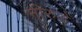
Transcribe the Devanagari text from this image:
नीरुड़े